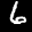
Label: 6